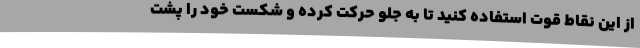
از این نقاط قوت استفاده کنید تا به جلو حرکت کرده و شکست خود را پشت